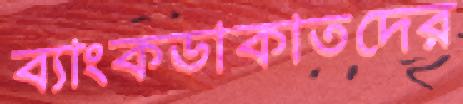
ব্যাংকডাকাতদের